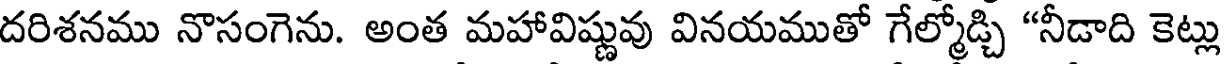
దరిశనము నొసంగెను. అంత మహావిష్ణువు వినయముతో గేల్మోడ్చి "నీడాది కెట్లు